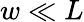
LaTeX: w\ll L